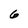
Character: 6